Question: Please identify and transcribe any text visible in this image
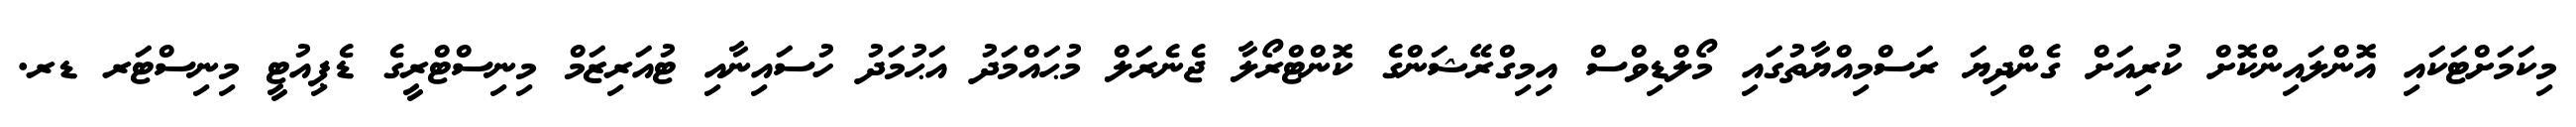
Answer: މިކަމަށްޓަކައި އޮންލައިންކޮށް ކުރިއަށް ގެންދިޔަ ރަސްމިއްޔާތުގައި މޯލްޑިވްސް އިމިގްރޭޝަންގެ ކޮންޓްރޯލާ ޖެނެރަލް މުޙައްމަދު އަޙުމަދު ހުސައިނާއި ޓުއަރިޒަމް މިނިސްޓްރީގެ ޑެޕިއުޓީ މިނިސްޓަރ ޑރ.